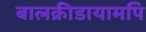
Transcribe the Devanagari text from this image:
बालक्रीडायामपि